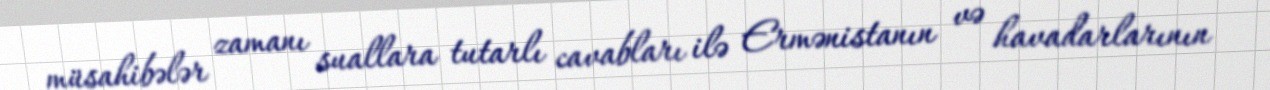
müsahibələr zamanı suallara tutarlı cavabları ilə Ermənistanın və havadarlarının